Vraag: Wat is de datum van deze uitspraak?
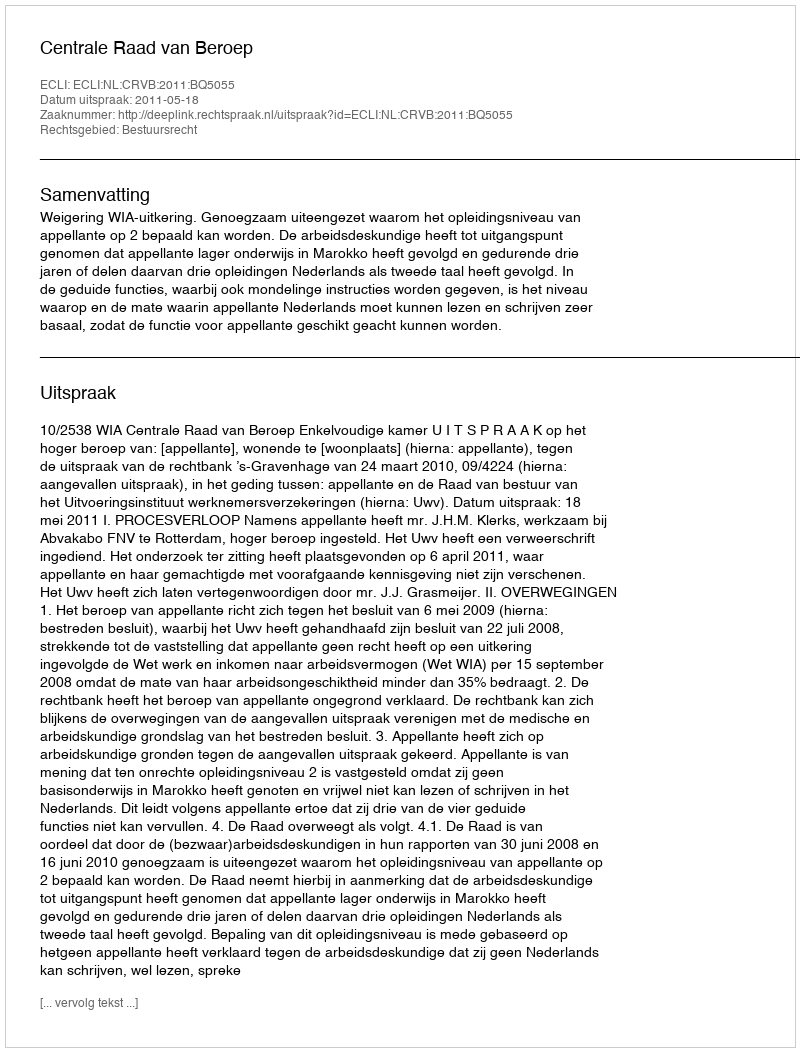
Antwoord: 2011-05-18